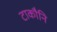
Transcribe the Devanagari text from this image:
टाकौनि